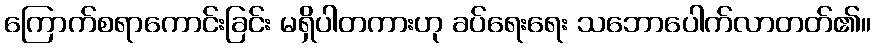
ကြောက်စရာကောင်းခြင်း မရှိပါတကားဟု ခပ်ရေးရေး သဘောပေါက်လာတတ်၏။